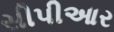
સીપીઆર